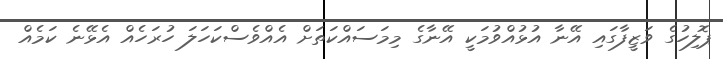
ޕޮލިހުގެ ވަޒީފާގައި އޭނާ އުޅުއްވުމަކީ އޭނާގެ މިމަސައްކަތަށް އެއްވެސްކަހަލަ ހުރަހެއް އެޅޭނެ ކަމެއް